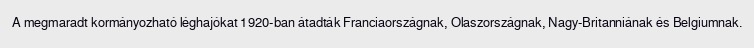
A megmaradt kormányozható léghajókat 1920-ban átadták Franciaországnak, Olaszországnak, Nagy-Britanniának és Belgiumnak.